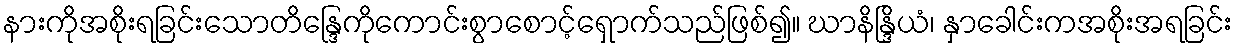
နားကိုအစိုးရခြင်းသောတိန္ဒြေကိုကောင်းစွာစောင့်ရှောက်သည်ဖြစ်၍။ ဃာနိန္ဒြိယံ၊ နှာခေါင်းကအစိုးအရခြင်း